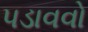
પડાવવો